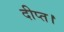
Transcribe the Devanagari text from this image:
दीप्त।